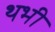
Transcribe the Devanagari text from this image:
थभी